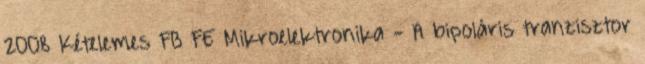
2008 Kételemes FB FE Mikroelektronika - A bipoláris tranzisztor